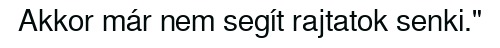
Akkor már nem segít rajtatok senki."